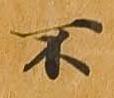
不